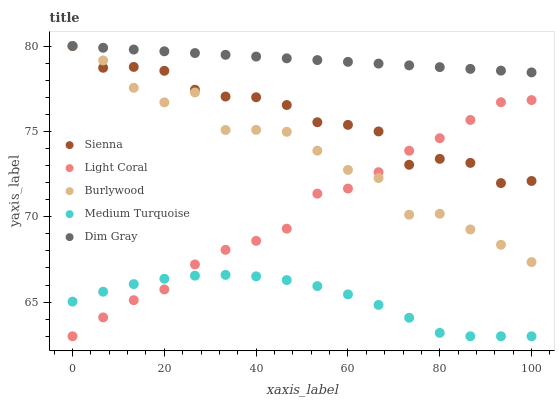
| xaxis_label | Sienna | Light Coral | Burlywood | Medium Turquoise | Dim Gray |
 | --- | --- | --- | --- | --- | --- |
 | 0 | 80 | 63 | 80 | 65 | 80 |
 | 6.67 | 78.7 | 64.1 | 79.2 | 65.6 | 79.9 |
 | 13.3 | 78.8 | 65.1 | 77.6 | 66.1 | 79.8 |
 | 20 | 78.5 | 65.7 | 76.7 | 66.4 | 79.7 |
 | 26.7 | 77.4 | 67.2 | 77.3 | 66.5 | 79.6 |
 | 33.3 | 77 | 68.1 | 75.1 | 66.6 | 79.5 |
 | 40 | 77 | 68.6 | 75.1 | 66.5 | 79.4 |
 | 46.7 | 76.5 | 69.3 | 75 | 66.3 | 79.3 |
 | 53.3 | 75.5 | 71.4 | 73.9 | 65.9 | 79.2 |
 | 60 | 75.4 | 71.7 | 72.7 | 65.5 | 79.1 |
 | 66.7 | 75 | 72.6 | 72.3 | 64.8 | 79 |
 | 73.3 | 73 | 73.9 | 70.1 | 64.1 | 78.9 |
 | 80 | 73.4 | 74.6 | 70.2 | 63.2 | 78.8 |
 | 86.7 | 73.2 | 75.7 | 69.3 | 63 | 78.7 |
 | 93.3 | 72 | 76.7 | 68.4 | 63 | 78.6 |
 | 100 | 72.1 | 76.8 | 67.3 | 63 | 78.5 |